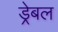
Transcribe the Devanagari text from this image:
ड्रेबल